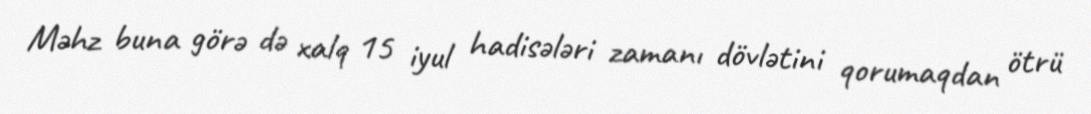
Məhz buna görə də xalq 15 iyul hadisələri zamanı dövlətini qorumaqdan ötrü